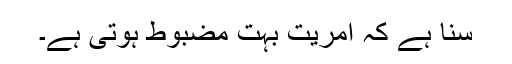
سنا ہے کہ آمریت بہت مضبوط ہوتی ہے۔